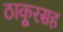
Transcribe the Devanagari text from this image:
ठाकूरसह